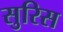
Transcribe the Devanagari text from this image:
सुरिस